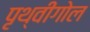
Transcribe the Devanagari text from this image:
पृथ्वीगोल